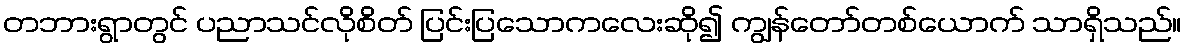
တဘားရွာတွင် ပညာသင်လိုစိတ် ပြင်းပြသောကလေးဆို၍ ကျွန်တော်တစ်ယောက် သာရှိသည်။